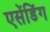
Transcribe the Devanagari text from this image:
एसेंडिंग